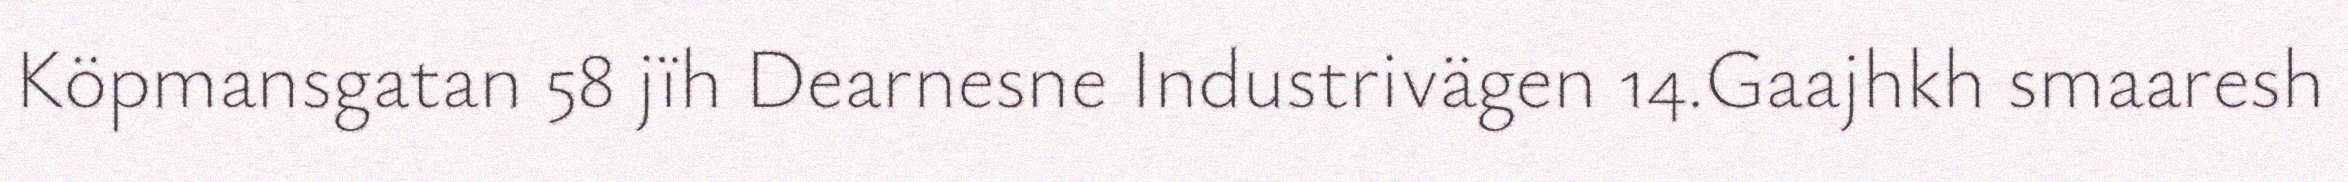
Köpmansgatan 58 jïh Dearnesne Industrivägen 14.Gaajhkh smaaresh